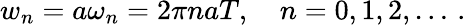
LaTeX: w_{n}=a\omega_{n}=2\pi naT,\quad n=0,1,2,\ldots\, {.}